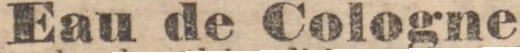
Eau de Cologne